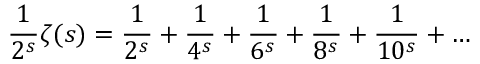
{ \frac { 1 } { 2 ^ { s } } } \zeta ( s ) = { \frac { 1 } { 2 ^ { s } } } + { \frac { 1 } { 4 ^ { s } } } + { \frac { 1 } { 6 ^ { s } } } + { \frac { 1 } { 8 ^ { s } } } + { \frac { 1 } { 1 0 ^ { s } } } + \ldots